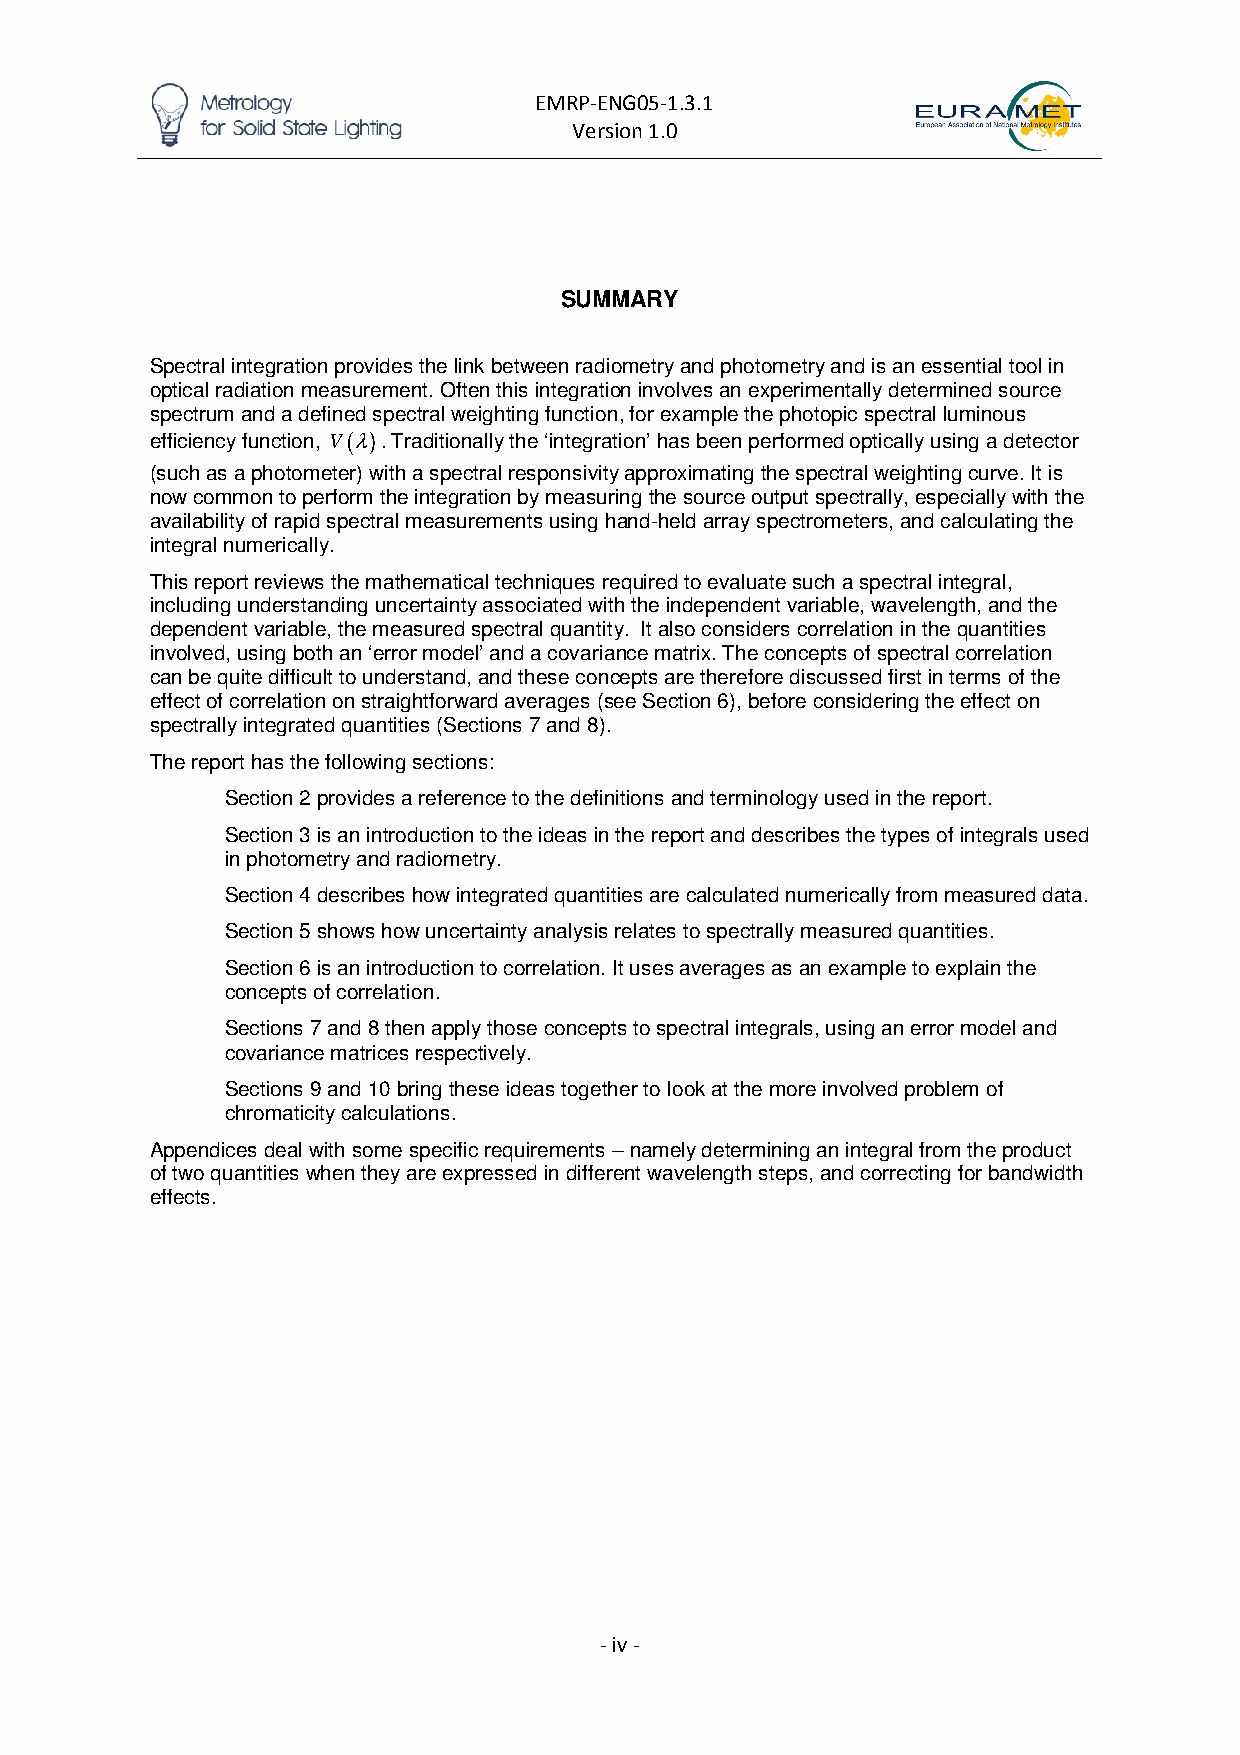
EMRP-ENG05-1.3.1
 Version 1.0
 SUMMARY
 Spectral integration provides the link between radiometry and photometry and is an essential tool in
 optical radiation measurement. Often this integration involves an experimentally determined source
 spectrum and a defined spectral weighting function, for example the photopic spectral luminous
 efficiency function, V(λ). Traditionally the ‘integration’ has been performed optically using a detector
 (such as a photometer) with a spectral responsivity approximating the spectral weighting curve. It is
 now common to perform the integration by measuring the source output spectrally, especially with the
 availability of rapid spectral measurements using hand-held array spectrometers, and calculating the
 integral numerically.
 This report reviews the mathematical techniques required to evaluate such a spectral integral,
 including understanding uncertainty associated with the independent variable, wavelength, and the
 dependent variable, the measured spectral quantity. It also considers correlation in the quantities
 involved, using both an ‘error model’ and a covariance matrix. The concepts of spectral correlation
 can be quite difficult to understand, and these concepts are therefore discussed first in terms of the
 effect of correlation on straightforward averages (see Section 6), before considering the effect on
 spectrally integrated quantities (Sections 7 and 8).
 The report has the following sections:
 Section 2 provides a reference to the definitions and terminology used in the report.
 Section 3 is an introduction to the ideas in the report and describes the types of integrals used
 in photometry and radiometry.
 Section 4 describes how integrated quantities are calculated numerically from measured data.
 Section 5 shows how uncertainty analysis relates to spectrally measured quantities.
 Section 6 is an introduction to correlation. It uses averages as an example to explain the
 concepts of correlation.
 Sections 7 and 8 then apply those concepts to spectral integrals, using an error model and
 covariance matrices respectively.
 Sections 9 and 10 bring these ideas together to look at the more involved problem of
 chromaticity calculations.
 Appendices deal with some specific requirements – namely determining an integral from the product
 of two quantities when they are expressed in different wavelength steps, and correcting for bandwidth
 effects.
 - iv -